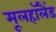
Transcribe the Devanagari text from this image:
मूलहॉलैंड